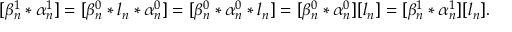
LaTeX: [ \beta _ { n } ^ { 1 } * \alpha _ { n } ^ { 1 } ] = [ \beta _ { n } ^ { 0 } * l _ { n } * \alpha _ { n } ^ { 0 } ] = [ \beta _ { n } ^ { 0 } * \alpha _ { n } ^ { 0 } * l _ { n } ] = [ \beta _ { n } ^ { 0 } * \alpha _ { n } ^ { 0 } ] [ l _ { n } ] = [ \beta _ { n } ^ { 1 } * \alpha _ { n } ^ { 1 } ] [ l _ { n } ] .